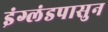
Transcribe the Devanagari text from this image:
इंग्लंडपासुन